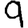
Digit: 9